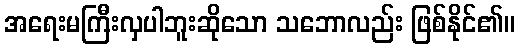
အရေးမကြီးလှပါဘူးဆိုသော သဘောလည်း ဖြစ်နိုင်၏။